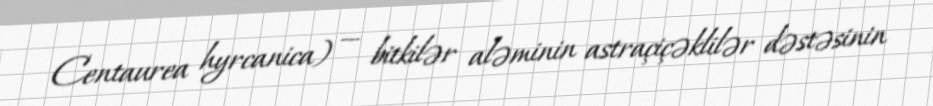
Centaurea hyrcanica) — bitkilər aləminin astraçiçəklilər dəstəsinin